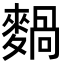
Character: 𪍌